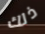
ذلك